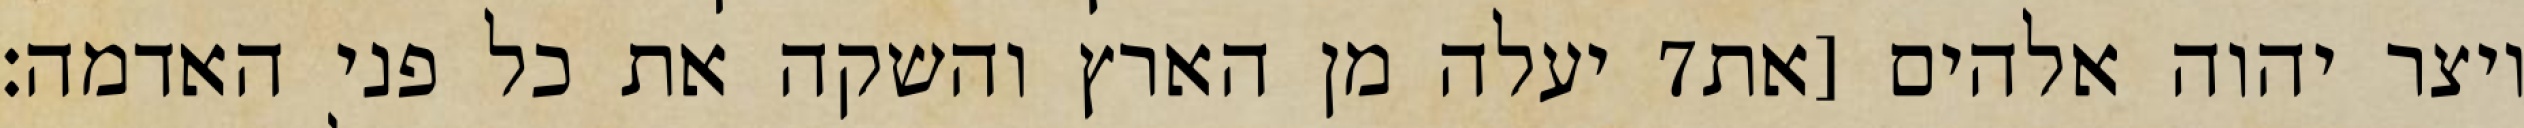
יעלה מן הארץ והשקה את כל פני האדמה׃ ‎7‏ ויצר יהוה אלהים [את